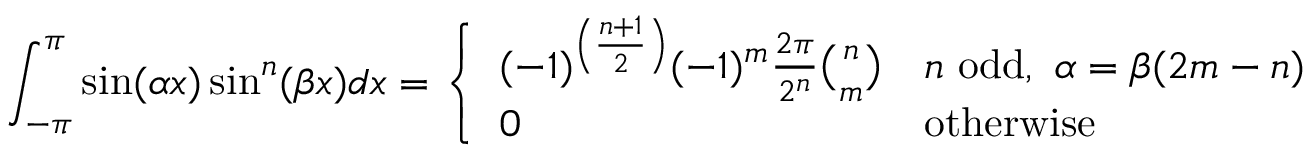
\int _ { - \pi } ^ { \pi } \sin ( \alpha x ) \sin ^ { n } ( \beta x ) d x = { \left\{ \begin{array} { l l } { ( - 1 ) ^ { \left( { \frac { n + 1 } { 2 } } \right) } ( - 1 ) ^ { m } { \frac { 2 \pi } { 2 ^ { n } } } { \binom { n } { m } } } & { n { \mathrm { ~ o d d } } , \ \alpha = \beta ( 2 m - n ) } \\ { 0 } & { { \mathrm { o t h e r w i s e } } } \end{array} \right. }